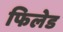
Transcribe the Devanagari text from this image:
फिलेड